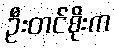
ဦးတင်စိုးက